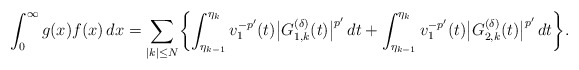
\begin{align*}\int_0^\infty g(x)f(x)\,dx=\sum_{|k|\le N}\biggl\{\int_{\eta_{k-1}}^{\eta_k}v_1^{-p'}(t)\bigl|G_{1,k}^{(\delta)}(t)\bigr|^{p'}\,dt+\int_{\eta_{k-1}}^{\eta_k}v_1^{-p'}(t)\bigl|G_{2,k}^{(\delta)}(t)\bigr|^{p'}\,dt\biggr\}. \end{align*}